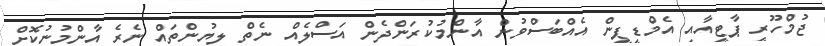
ޖުމްހޫރީ ޕާޓީއާއި އެމްޑީޕީން އެއްބަސްވުން އާންމުކުރަންދެން އަސްލެއް ނެތް ލިޔުންތައް ނެރެ އާންމުނުކޮށް